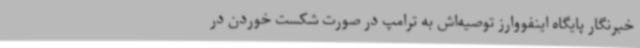
خبرنگار پایگاه اینفووارز توصیه‌اش به ترامپ در صورت شکست خوردن در